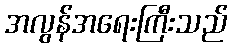
အလွန်အရေးကြီးသည်